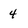
Character: 4